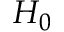
H _ { 0 }